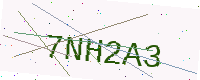
Text: 7NH2A3